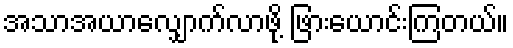
အသာအယာလျှောက်လာဖို့ ဖြားယောင်းကြတယ်။